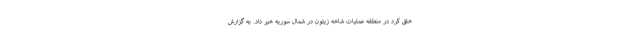
خلق کرد در منطقه عملیات شاخه زیتون در شمال سوریه خبر داد. به گزارش